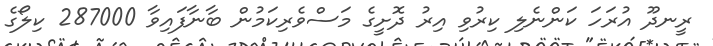
ރީނދޫ އުރަހަ ކަންނެލި ކިރުވި އިރު ދޮށީގެ މަސްވެރިކަމުން ބާނާފައިވާ 287000 ކިލޯގެ